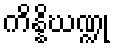
ကိန္နိဃဏ္ဍု